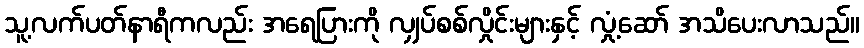
သူ့လက်ပတ်နာရီကလည်း အရေပြားကို လျှပ်စစ်လှိုင်းများနှင့် လှုံ့ဆော် အသိပေးလာသည်။